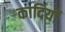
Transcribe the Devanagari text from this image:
कादियों